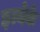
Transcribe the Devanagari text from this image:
इत्येके